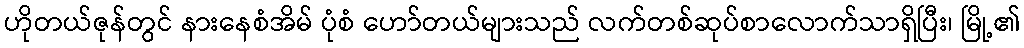
ဟိုတယ်ဇုန်တွင် နားနေစံအိမ် ပုံစံ ဟော်တယ်များသည် လက်တစ်ဆုပ်စာလောက်သာရှိပြီး၊ မြို့၏